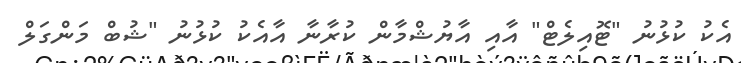
އެކު ކުޅުނު "ޓޮއިލެޓް" އާއި އާޔުޝްމާން ކުރާނާ އާއެކު ކުޅުނު "ޝުބް މަންގަލް